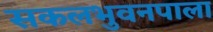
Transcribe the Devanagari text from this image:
सकलभुवनपाला